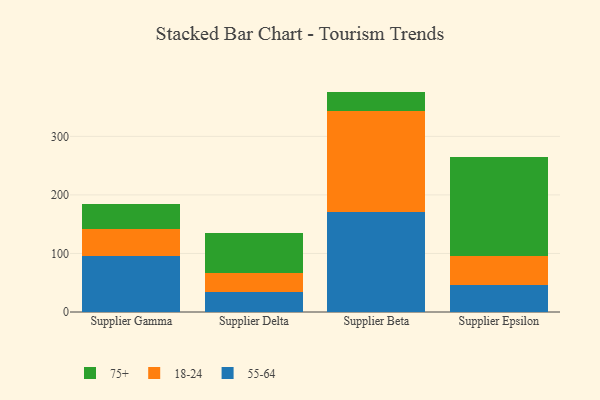
{"axis": {"x": "Supplier", "y": "Operating Costs (USD K)"}, "legend": ["18-24", "55-64", "75+"], "data": [{"x": "Supplier Gamma", "y": 96.1, "type": "55-64"}, {"x": "Supplier Gamma", "y": 46.4, "type": "18-24"}, {"x": "Supplier Gamma", "y": 42.2, "type": "75+"}, {"x": "Supplier Delta", "y": 34.5, "type": "55-64"}, {"x": "Supplier Delta", "y": 31.3, "type": "18-24"}, {"x": "Supplier Delta", "y": 69.9, "type": "75+"}, {"x": "Supplier Beta", "y": 170.6, "type": "55-64"}, {"x": "Supplier Beta", "y": 172.4, "type": "18-24"}, {"x": "Supplier Beta", "y": 33.5, "type": "75+"}, {"x": "Supplier Epsilon", "y": 45.4, "type": "55-64"}, {"x": "Supplier Epsilon", "y": 50.5, "type": "18-24"}, {"x": "Supplier Epsilon", "y": 169.0, "type": "75+"}]}